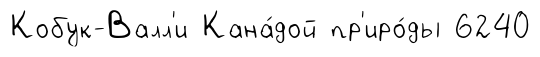
Кобук-Валл'и Кана́дой пр'иро́ды 6240